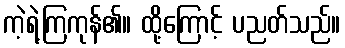
ကဲ့ရဲ့ကြကုန်၏။ ထို့ကြောင့် ပညတ်သည်။